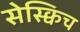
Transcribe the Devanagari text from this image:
सेस्क्विच